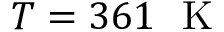
T = 3 6 1 ~ \mathrm { ~ K ~ }